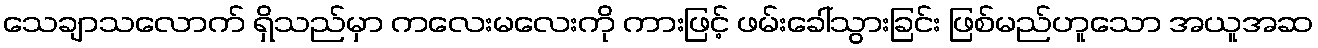
သေချာသလောက် ရှိသည်မှာ ကလေးမလေးကို ကားဖြင့် ဖမ်းခေါ်သွားခြင်း ဖြစ်မည်ဟူသော အယူအဆ